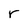
Character: r